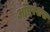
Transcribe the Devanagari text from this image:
ओपरेशंस